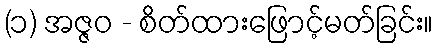
(၁) အဇ္ဇဝ - စိတ်ထားဖြောင့်မတ်ခြင်း။